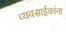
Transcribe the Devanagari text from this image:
व्यवसाईकांना